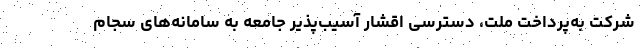
شرکت به‌پرداخت ملت، دسترسی اقشار آسیب‌پذیر جامعه به سامانه‌های سجام